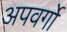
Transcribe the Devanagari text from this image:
अपवर्गो